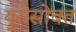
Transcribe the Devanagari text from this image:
युरोसोबत